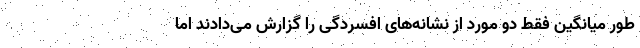
طور میانگین فقط دو مورد از نشانه‌های افسردگی را گزارش می‌دادند اما